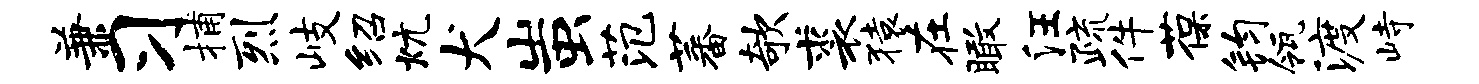
兼习捕烈岐绍炕犬蚩范蕃欹裘猿在瞰汪疏件葆钧瓴渡峙